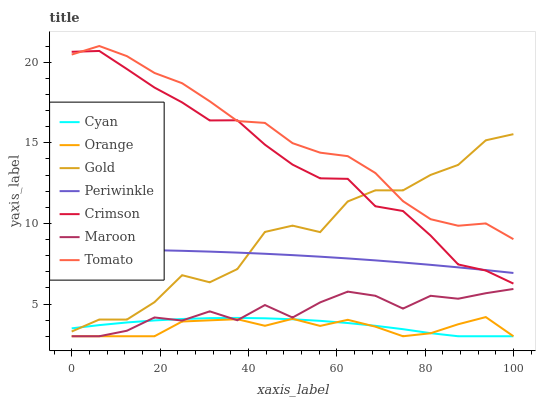
| xaxis_label | Cyan | Orange | Gold | Periwinkle | Crimson | Maroon | Tomato |
 | --- | --- | --- | --- | --- | --- | --- | --- |
 | 0 | 3.49 | 3 | 3.29 | 8.38 | 20.6 | 3 | 20.5 |
 | 6.25 | 3.69 | 3 | 4.04 | 8.37 | 20.7 | 3 | 21 |
 | 12.5 | 3.85 | 3 | 4.03 | 8.36 | 19.6 | 3.34 | 20.4 |
 | 18.8 | 3.98 | 3 | 5.11 | 8.34 | 18.4 | 4.17 | 19.3 |
 | 25 | 4.07 | 3.92 | 6.79 | 8.3 | 17.5 | 3.97 | 18.7 |
 | 31.2 | 4.12 | 3.99 | 6.35 | 8.25 | 16.4 | 4.54 | 17.6 |
 | 37.5 | 4.14 | 4.06 | 7.17 | 8.19 | 16.4 | 3.99 | 16.3 |
 | 43.8 | 4.11 | 3.65 | 9.47 | 8.12 | 14.9 | 4.94 | 16.2 |
 | 50 | 4.05 | 4.08 | 9.86 | 8.03 | 13.6 | 4.16 | 15 |
 | 56.2 | 3.96 | 3.64 | 9.46 | 7.93 | 12.8 | 5.1 | 14.4 |
 | 62.5 | 3.82 | 4.02 | 11.4 | 7.83 | 12.8 | 5.77 | 14.2 |
 | 68.8 | 3.65 | 3.6 | 12 | 7.71 | 11.1 | 5.51 | 13.1 |
 | 75 | 3.44 | 3 | 12 | 7.57 | 10.8 | 4.72 | 11.4 |
 | 81.2 | 3.19 | 3.19 | 13 | 7.43 | 9.25 | 5.51 | 10.3 |
 | 87.5 | 3 | 3.74 | 13.6 | 7.27 | 7.45 | 5.33 | 9.85 |
 | 93.8 | 3 | 4.19 | 15.2 | 7.1 | 7.08 | 5.67 | 10 |
 | 100 | 3 | 3 | 15.5 | 6.92 | 6.27 | 5.93 | 9.02 |